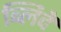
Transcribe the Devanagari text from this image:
ब्लिदे